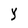
Character: Y